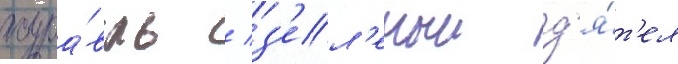
жура́вль / з'ел'еныи д'я́т'ел